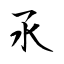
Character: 氶